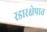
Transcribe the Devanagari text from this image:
रडारक्षेपात